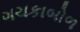
ગચકાબોળ